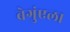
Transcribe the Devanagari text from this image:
बेगुंएला